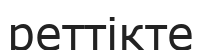
реттікте